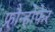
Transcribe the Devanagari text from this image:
फ्रौन्होफेर